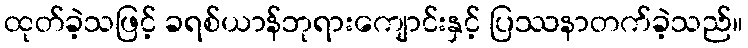
ထုတ်ခဲ့သဖြင့် ခရစ်ယာန်ဘုရားကျောင်းနှင့် ပြဿနာတက်ခဲ့သည်။